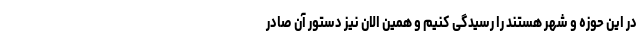
در این حوزه و شهر هستند را رسیدگی کنیم و همین الان نیز دستور آن صادر